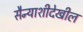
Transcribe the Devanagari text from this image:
सैन्याशीदेखील